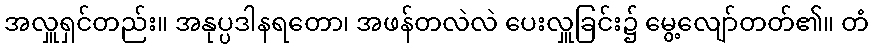
အလှူရှင်တည်း။ အနုပ္ပဒါနရတော၊ အဖန်တလဲလဲ ပေးလှူခြင်း၌ မွေ့လျော်တတ်၏။ တံ